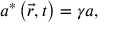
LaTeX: a ^ { \ast } \left( \vec { r } , t \right) = \gamma a ,